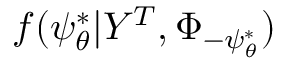
f ( \psi _ { \theta } ^ { * } | Y ^ { T } , \Phi _ { - \psi _ { \theta } ^ { * } } )